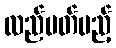
လည်ပတ်မည့်